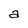
Character: a